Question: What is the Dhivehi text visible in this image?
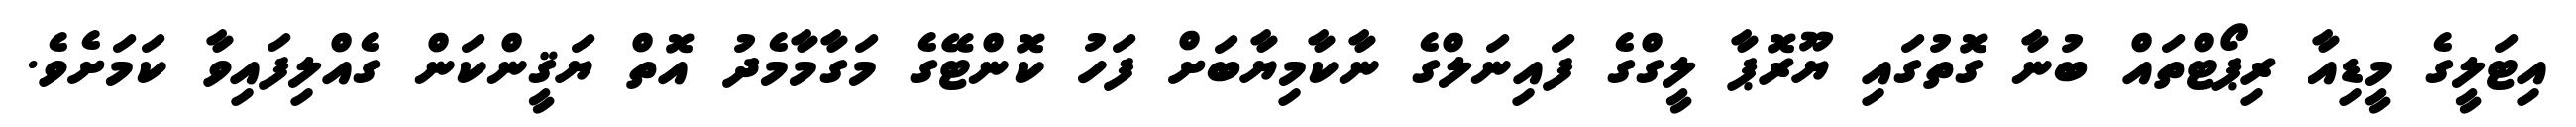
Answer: އިޓަލީގެ މީޑިއާ ރިޕޯޓްތައް ބުނާ ގޮތުގައި ޔޫރޮޕާ ލީގްގެ ފައިނަލްގެ ނާކާމިޔާބަށް ފަހު ކޮންޓޭގެ މަގާމާމެދު އޮތް ޔަޤީންކަން ގެއްލިފައިވާ ކަމަށެވެ.